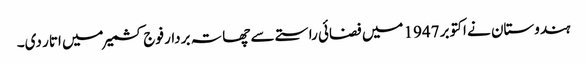
ہندوستان نے اکتوبر 1947 میں فضائی راستے سے چھاتہ بردار فوج کشمیر میں اتار دی۔